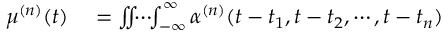
\begin{array} { r l } { \mu ^ { ( n ) } ( t ) } & { { } = \iint \! \! \cdots \! \! \int _ { - \infty } ^ { \infty } \alpha ^ { ( n ) } ( t - t _ { 1 } , t - t _ { 2 } , \cdots , t - t _ { n } ) } \end{array}